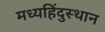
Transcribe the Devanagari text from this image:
मध्यहिंदुस्थान